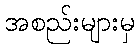
အစည်းများမှ